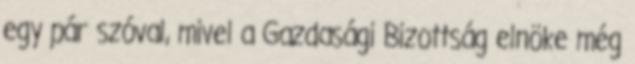
egy pár szóval, mivel a Gazdasági Bizottság elnöke még